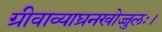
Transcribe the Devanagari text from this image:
ग्रीवाव्याघ्रनखोज्जुलः।